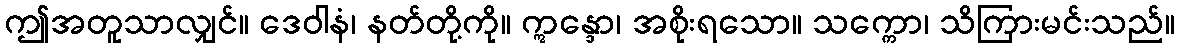
ဤအတူသာလျှင်။ ဒေဝါနံ၊ နတ်တို့ကို။ ဣန္ဒော၊ အစိုးရသော။ သက္ကော၊ သိကြားမင်းသည်။